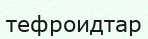
тефроидтар